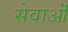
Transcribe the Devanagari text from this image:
सेवाऒं